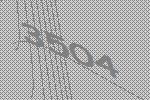
3504